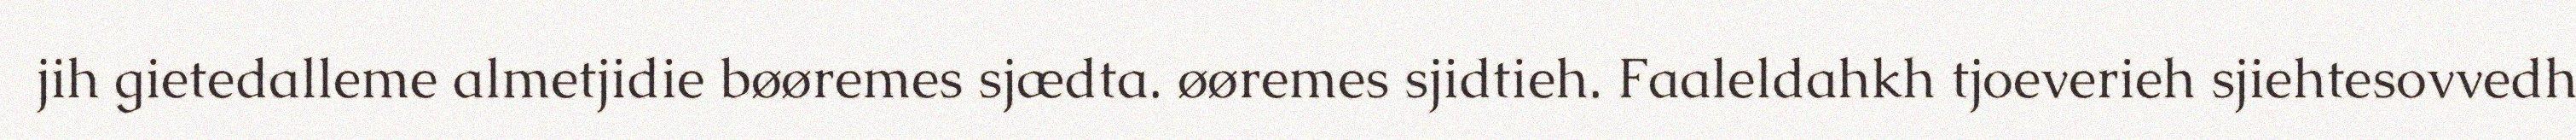
jih gietedalleme almetjidie bøøremes sjædta. øøremes sjidtieh. Faaleldahkh tjoeverieh sjiehtesovvedh